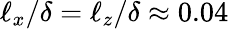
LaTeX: \ell_{x}/\delta=\ell_{z}/\delta\approx 0.04